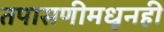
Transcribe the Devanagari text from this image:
तपासणीमधूनही